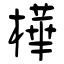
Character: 樺